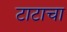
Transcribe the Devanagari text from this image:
टाटाचा